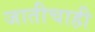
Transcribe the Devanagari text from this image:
जातीचाही